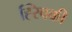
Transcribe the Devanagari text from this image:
ह्स्विकी